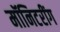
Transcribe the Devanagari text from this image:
मॉनिटरींग